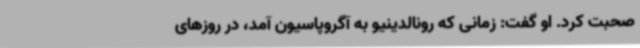
صحبت کرد. او گفت: زمانی که رونالدینیو به آگروپاسیون آمد، در روزهای